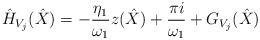
LaTeX: \begin{align*}\hat{H}_{V_j}(\hat{X}) = -\frac{\eta_1}{\omega_1}z(\hat{X}) + \frac{\pi i}{\omega_1} + G_{V_j} (\hat{X})\end{align*}